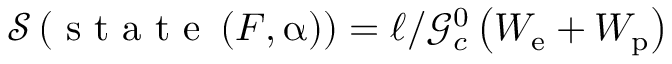
\mathcal { S } \left( \mathrm { ~ s ~ t ~ a ~ t ~ e ~ } \left( \boldsymbol { F } , \boldsymbol { \upalpha } \right) \right) = \ell / \mathcal { G } _ { c } ^ { 0 } \left( W _ { \mathrm { e } } + W _ { \mathrm { p } } \right)